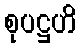
စုပဋ္ဌဟိ